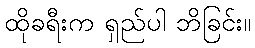
ထိုခရီးက ရှည်ပါ ဘိခြင်း။